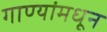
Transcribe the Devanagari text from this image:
गाण्यांमधून